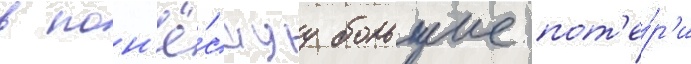
в пон'ё́сшуу большие пот'е́р'и